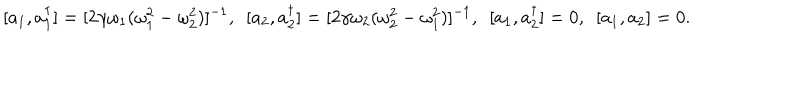
[ a _ { 1 } , a _ { 1 } ^ { \dagger } ] = [ 2 \gamma \omega _ { 1 } ( \omega _ { 1 } ^ { 2 } - \omega _ { 2 } ^ { 2 } ) ] ^ { - 1 } , ~ ~ [ a _ { 2 } , a _ { 2 } ^ { \dagger } ] = [ 2 \gamma \omega _ { 2 } ( \omega _ { 2 } ^ { 2 } - \omega _ { 1 } ^ { 2 } ) ] ^ { - 1 } , ~ ~ [ a _ { 1 } , a _ { 2 } ^ { \dagger } ] = 0 , ~ ~ [ a _ { 1 } , a _ { 2 } ] = 0 .